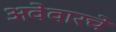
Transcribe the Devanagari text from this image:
अवेवारचे